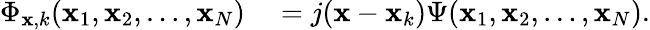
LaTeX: \begin{array}{rl}{\Phi_{\mathbf{x},k}(\mathbf{x}_{1},\mathbf{x}_{2},\ldots,\mathbf{x}_{N})}&{{}=j(\mathbf{x}-\mathbf{x}_{k})\Psi(\mathbf{x}_{1},\mathbf{x}_{2},\ldots,\mathbf{x}_{N}).}\end{array}